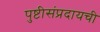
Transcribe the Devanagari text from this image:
पुष्टीसंप्रदायची